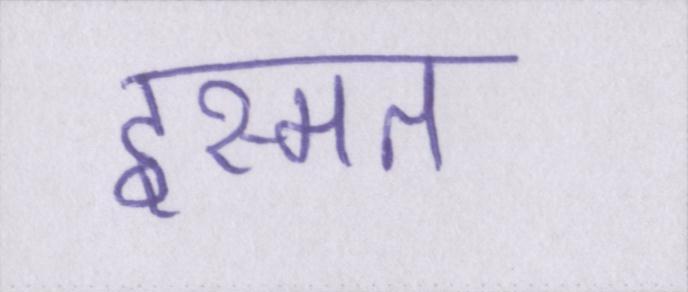
इस्मत